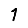
Digit: 1